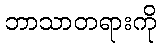
ဘာသာတရားကို